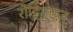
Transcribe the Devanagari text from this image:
रोड्रिगुएज़